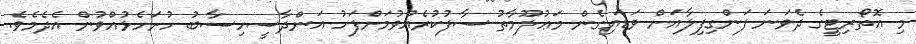
މި އޮތޯރިޓީގެ ދެވަނަ ފަންގިފިލާއަށް ވަޑައިގެން މަޢުލޫމާތު ސާފުކުރެއްވުމަށްފަހު އަންދާސީހިސާބު ހުށަހެޅުއްވުން އެދެމެވެ.